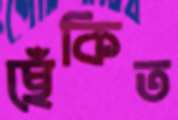
ছেঁকিত